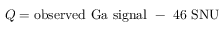
Q = \mathrm { o b s e r v e d ~ G a ~ s i g n a l } ~ - ~ 4 6 ~ \mathrm { S N U }